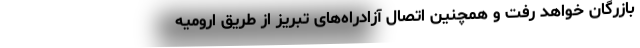
بازرگان خواهد رفت و همچنین اتصال آزادراه‌های تبریز از طریق ارومیه